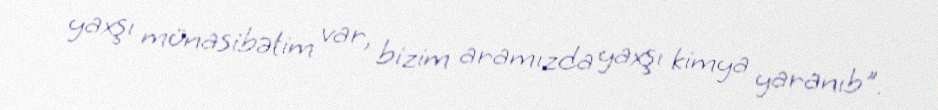
yaxşı münasibətim var, bizim aramızda yaxşı kimya yaranıb".